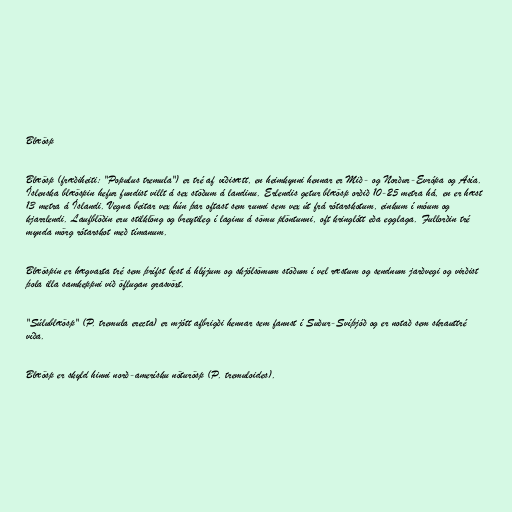
Blæösp

Blæösp (fræðiheiti: "Populus tremula") er tré af víðisætt, en heimkynni hennar er Mið- og Norður-Evrópa og Asía.
Íslenska blæöspin hefur fundist villt á sex stöðum á landinu. Erlendis getur blæösp orðið 10-25 metra há, en er hæst
13 metra á Íslandi. Vegna beitar vex hún þar oftast sem runni sem vex út frá rótarskotum, einkum í móum og
kjarrlendi. Laufblöðin eru stilklöng og breytileg í laginu á sömu plöntunni, oft kringlótt eða egglaga. Fullorðin tré
mynda mörg rótarskot með tímanum.

Blæöspin er hægvaxta tré sem þrífst best á hlýjum og skjólsömum stöðum í vel ræstum og sendnum jarðvegi og virðist
þola illa samkeppni við öflugan grasvöxt.

"Súlublæösp" (P. tremula erecta) er mjótt afbrigði hennar sem fannst í Suður-Svíþjóð og er notað sem skrauttré
víða.

Blæösp er skyld hinni norð-amerísku nöturösp (P. tremuloides).